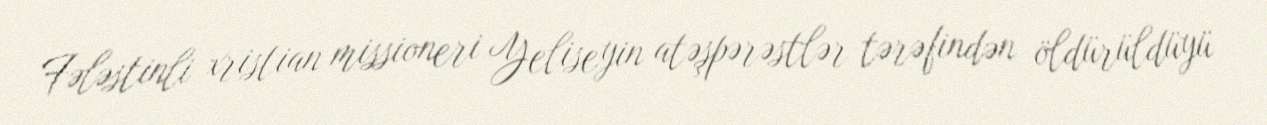
Fələstinli xristian missioneri Yeliseyin atəşpərəstlər tərəfindən öldürüldüyü